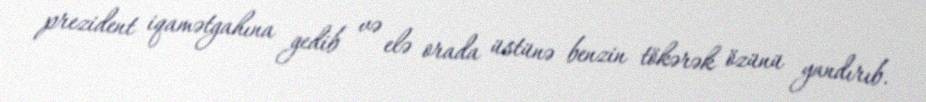
prezident iqamətgahına gedib və elə orada üstünə benzin tökərək özünü yandırıb.